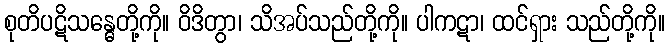
စုတိပဋိသန္ဓေတို့ကို။ ဝိဒိတွာ၊ သိအပ်သည်တို့ကို။ ပါကဋာ၊ ထင်ရှား သည်တို့ကို။